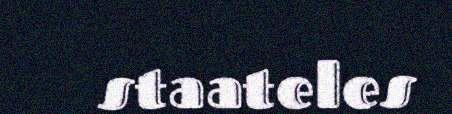
staateles